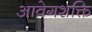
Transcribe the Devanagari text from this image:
आवेगशक्ति